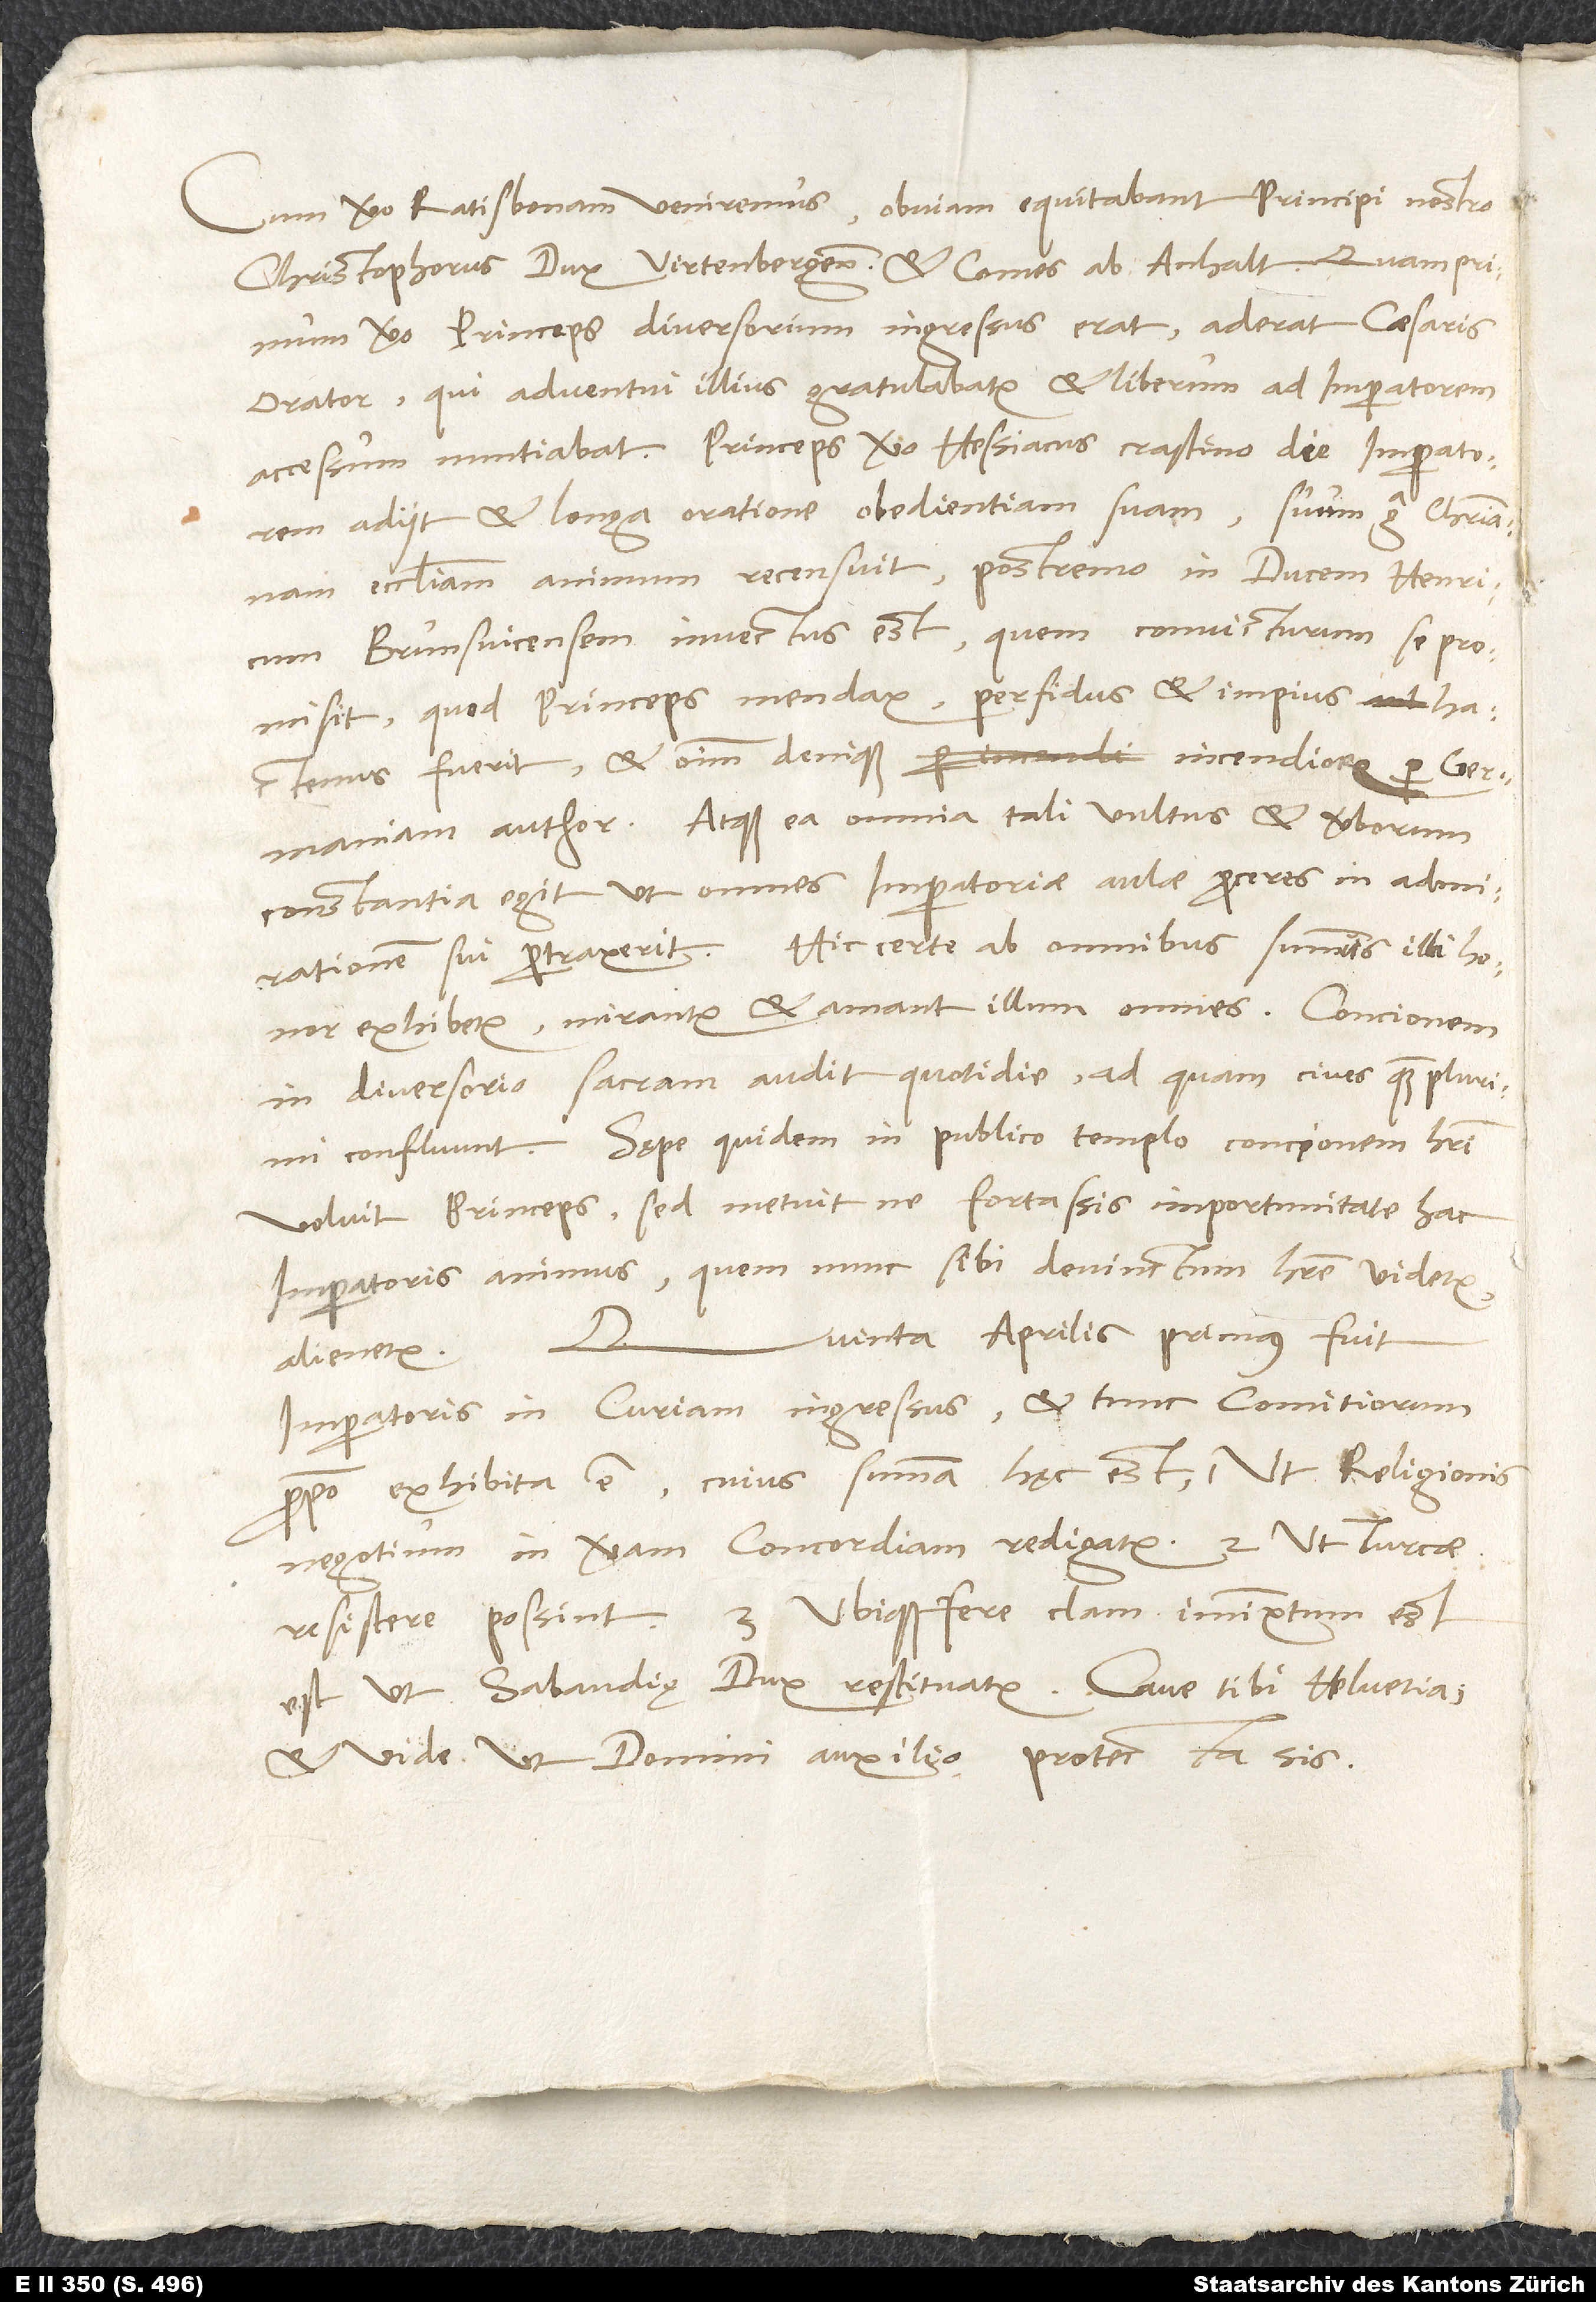
Cum vero Ratisbonam veniremus, obviam equitabant principi nostro
Christophorus, dux Virtenbergensis, et comes ab Anhalt. Quamprimum
vero princeps diversorium ingressus erat, aderat caesaris
orator, qui adventui illius gratulabatur et liberum ad imperatorem
adiit et longa oratione obedientiam suam, suum erga christianam
ecclesiam animum recensuit, postremo in ducem Henricum
Brunsvicensem invectus est, quem convicturum se promisit,
quod princeps mendax, perfidus et impius hactenus
fuerit et omnium denique incendiorum per Germaniam
author. Atque ea omnia tali vultus et verborum
constantia egit, ut omnes imperatoriae aulae proceres in admirationem
sui pertraxerit. Hic certe ab omnibus summus illi honor
exhibetur; mirantur et amant illum omnes. Concionem
in diversorio sacram audit quotidie, ad quam cives quam plurimi
confluunt. Sępe quidem in publico templo concionem haberi
voluit princeps; sed metuit, ne fortassis importunitate hac
imperatoris animus, quem nunc sibi devinctum habere videtur,
Quinta aprilis primus fuit
alienetur.
imperatoris in curiam ingressus, et tunc comitiorum
propositio exhibita est, cuius summa hęc est, 1. ut religionis
negotium in veram concordiam redigatur, 2. ut Turcae
resistere possint; 3. ubique fere clam immixtum est,
ut Sabaudię dux restituatur. Cave tibi, Helvetia,
et vide, ut domini auxilio protecta sis.